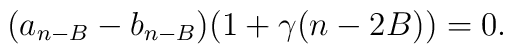
(a_{n-B} - b_{n-B})(1 + \gamma (n - 2B)) = 0.